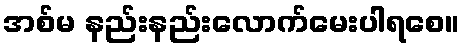
အစ်မ နည်းနည်းလောက်မေးပါရစေ။